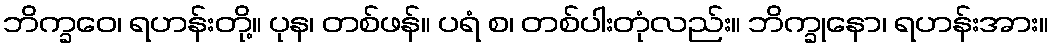
ဘိက္ခဝေ၊ ရဟန်းတို့။ ပုန၊ တစ်ဖန်။ ပရံ စ၊ တစ်ပါးတုံလည်း။ ဘိက္ခုနော၊ ရဟန်းအား။